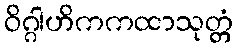
ဝိဂ္ဂါဟိကကထာသုတ္တံ